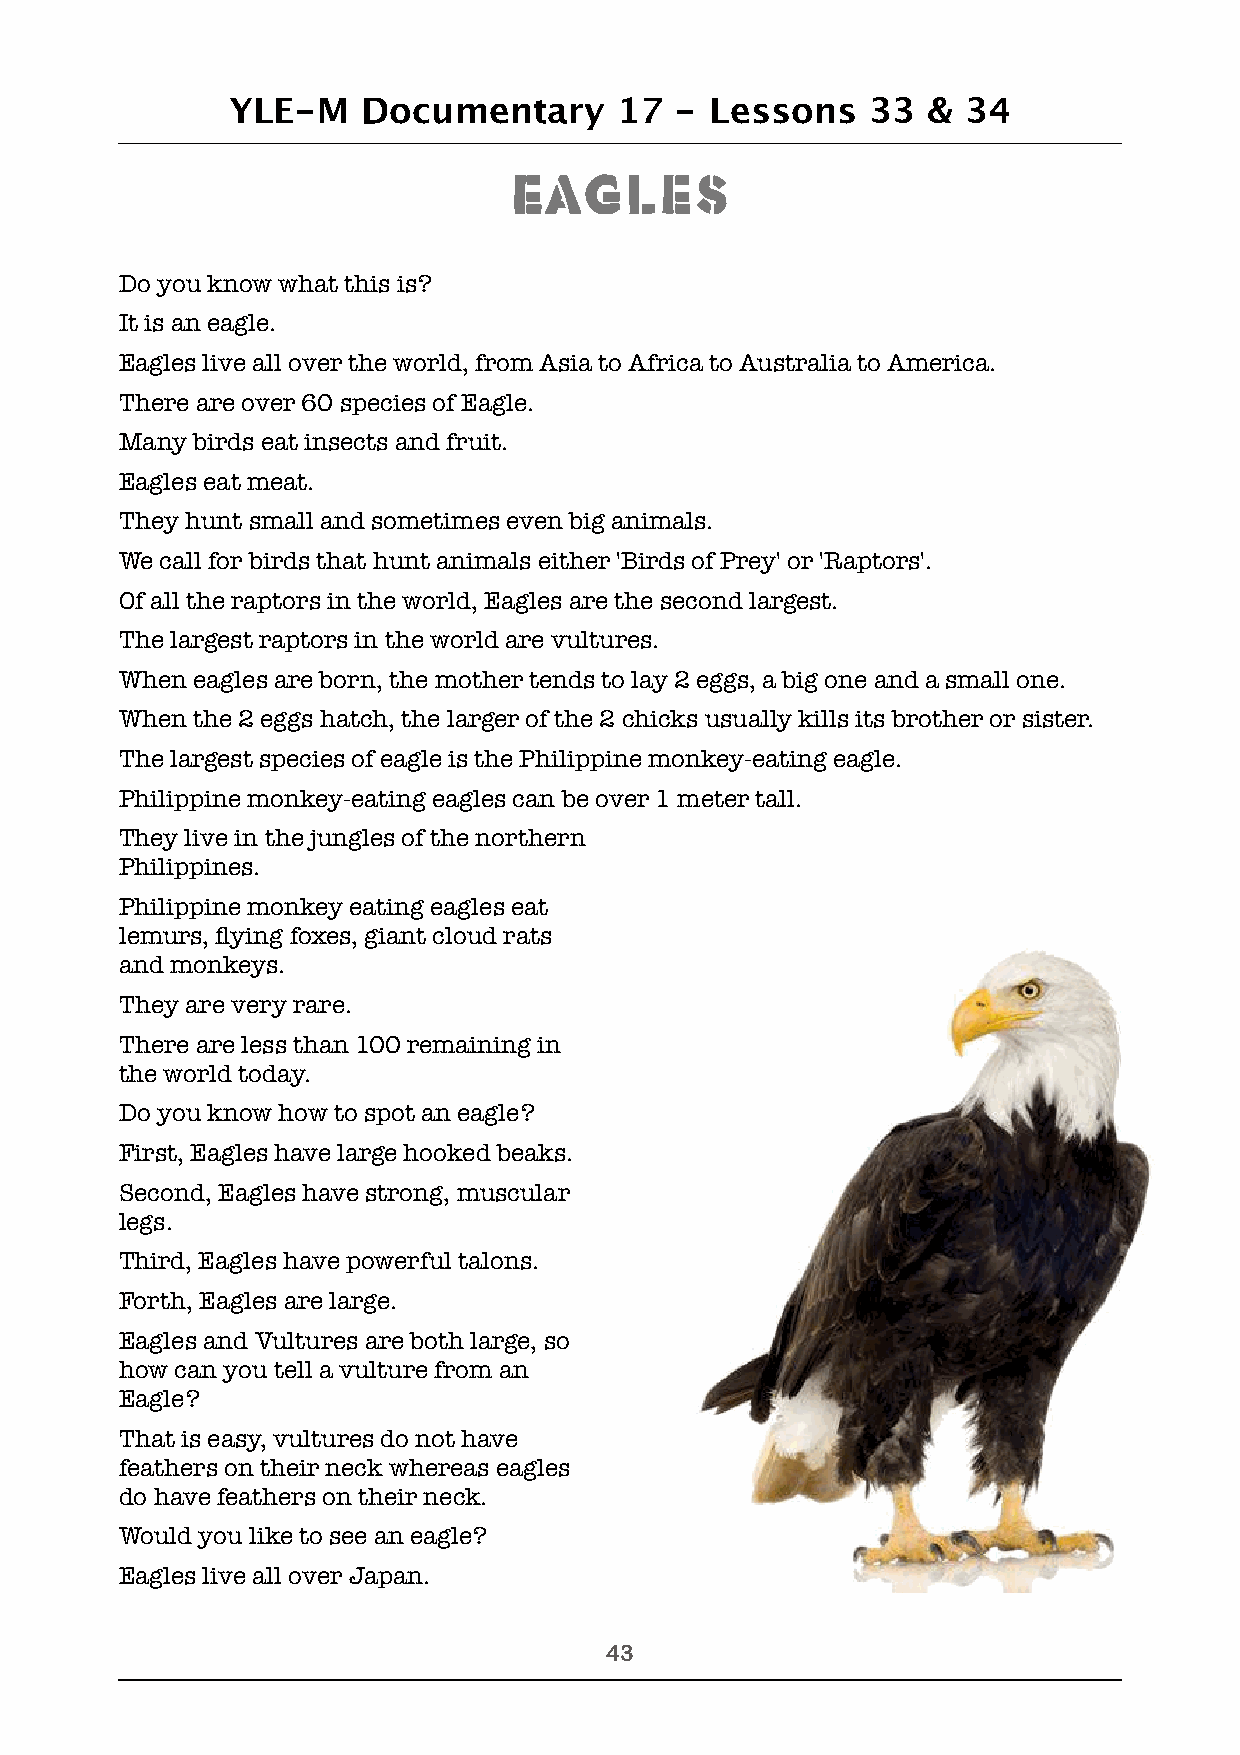
YLE-M    Documentary      17  - Lessons   33  &  34
 Eagles
 Do you know what this is?
 It is an eagle.
 Eagles live all over the world, from Asia to Africa to Australia to America.
 There are over 60 species of Eagle.
 Many birds eat insects and fruit.
 Eagles eat meat.
 They hunt small and sometimes even big animals.
 We call for birds that hunt animals either 'Birds of Prey' or 'Raptors'.
 Of all the raptors in the world, Eagles are the second largest.
 The largest raptors in the world are vultures.
 When eagles are born, the mother tends to lay 2 eggs, a big one and a small one.
 When the 2 eggs hatch, the larger of the 2 chicks usually kills its brother or sister.
 The largest species of eagle is the Philippine monkey-eating eagle.
 Philippine monkey-eating eagles can be over 1 meter tall.
 They live in the jungles of the northern
 Philippines.
 Philippine monkey eating eagles eat
 lemurs, flying foxes, giant cloud rats
 and monkeys.
 They are very rare.
 There are less than 100 remaining in
 the world today.
 Do you know how to spot an eagle?
 First, Eagles have large hooked beaks.
 Second, Eagles have strong, muscular
 legs.
 Third, Eagles have powerful talons.
 Forth, Eagles are large.
 Eagles and Vultures are both large, so
 how can you tell a vulture from an
 Eagle?
 That is easy, vultures do not have
 feathers on their neck whereas eagles
 do have feathers on their neck.
 Would you like to see an eagle?
 Eagles live all over Japan.
 !43